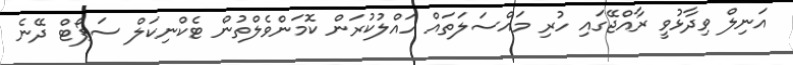
އަނިލް ވިދާޅުވީ ރާއްޖޭގައި ހުރި މައްސަލަތައް ހައްލުކުރަން ކޮމަންވެލްތުން ޓެކްނިކަލް ސަޕޯޓް ދޭނެ